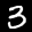
Label: 3